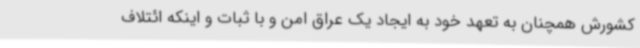
کشورش همچنان به تعهد خود به ایجاد یک عراق امن و با ثبات و اینکه ائتلاف